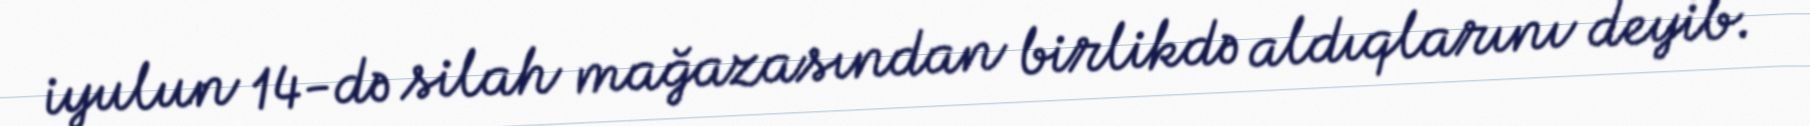
iyulun 14-də silah mağazasından birlikdə aldıqlarını deyib.